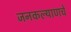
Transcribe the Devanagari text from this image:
जनकल्याणचे